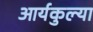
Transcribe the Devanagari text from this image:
आर्यकुल्या